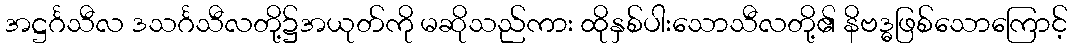
အဋ္ဌင်္ဂသီလ ဒသင်္ဂသီလတို့၌အယုတ်ကို မဆိုသည်ကား ထိုနှစ်ပါးသောသီလတို့၏ နိဗဒ္ဓဖြစ်သောကြောင့်